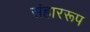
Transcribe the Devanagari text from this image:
संहाररूप